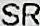
SR